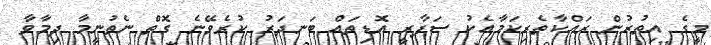
މީގެ އިތުރުން ރައްކާތެރިކަމާއެކު ސަފާރީ އޮޑިތައް ބަނދަރު ކުރެވޭނެ ގޮތް ނެތުނީމާ ދިމާވާ